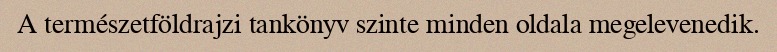
A természetföldrajzi tankönyv szinte minden oldala megelevenedik.